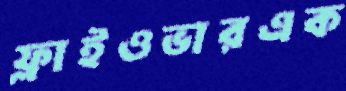
ফ্লাইওভারএক